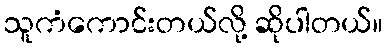
သူကံကောင်းတယ်လို့ ဆိုပါတယ်။